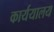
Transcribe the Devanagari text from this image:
कार्ययालय